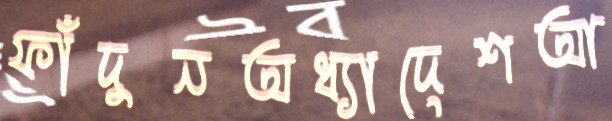
ফাঁদুনঅধ্যাদেশআ